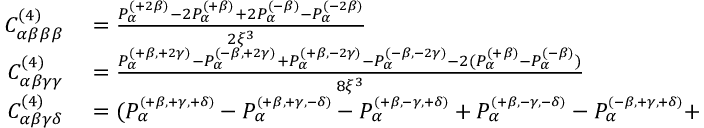
\begin{array} { r l } { C _ { \alpha \beta \beta \beta } ^ { ( 4 ) } } & { { } = \frac { P _ { \alpha } ^ { \scriptscriptstyle { ( + 2 \beta ) } } - 2 P _ { \alpha } ^ { \scriptscriptstyle { ( + \beta ) } } + 2 P _ { \alpha } ^ { \scriptscriptstyle { ( - \beta ) } } - P _ { \alpha } ^ { \scriptscriptstyle { ( - 2 \beta ) } } } { 2 \xi ^ { 3 } } } \\ { C _ { \alpha \beta \gamma \gamma } ^ { ( 4 ) } } & { { } = \frac { P _ { \alpha } ^ { \scriptscriptstyle { ( + \beta , + 2 \gamma ) } } - P _ { \alpha } ^ { \scriptscriptstyle { ( - \beta , + 2 \gamma ) } } + P _ { \alpha } ^ { \scriptscriptstyle { ( + \beta , - 2 \gamma ) } } - P _ { \alpha } ^ { \scriptscriptstyle { ( - \beta , - 2 \gamma ) } } - 2 ( P _ { \alpha } ^ { \scriptscriptstyle { ( + \beta ) } } - P _ { \alpha } ^ { \scriptscriptstyle { ( - \beta ) } } ) } { 8 \xi ^ { 3 } } } \\ { C _ { \alpha \beta \gamma \delta } ^ { ( 4 ) } } & { { } = ( P _ { \alpha } ^ { \scriptscriptstyle { ( + \beta , + \gamma , + \delta ) } } - P _ { \alpha } ^ { \scriptscriptstyle { ( + \beta , + \gamma , - \delta ) } } - P _ { \alpha } ^ { \scriptscriptstyle { ( + \beta , - \gamma , + \delta ) } } + P _ { \alpha } ^ { \scriptscriptstyle { ( + \beta , - \gamma , - \delta ) } } - P _ { \alpha } ^ { \scriptscriptstyle { ( - \beta , + \gamma , + \delta ) } } + } \end{array}